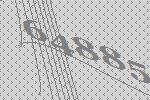
64885